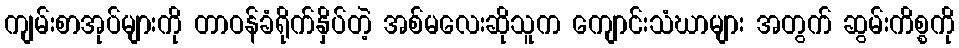
ကျမ်းစာအုပ်များကို တာဝန်ခံရိုက်နှိပ်တဲ့ အစ်မလေးဆိုသူက ကျောင်းသံဃာများ အတွက် ဆွမ်းကိစ္စကို